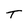
Character: T